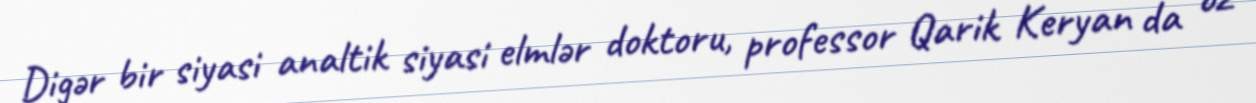
Digər bir siyasi analtik siyasi elmlər doktoru, professor Qarik Keryan da öz